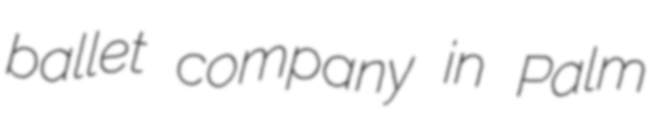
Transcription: ballet company in Palm